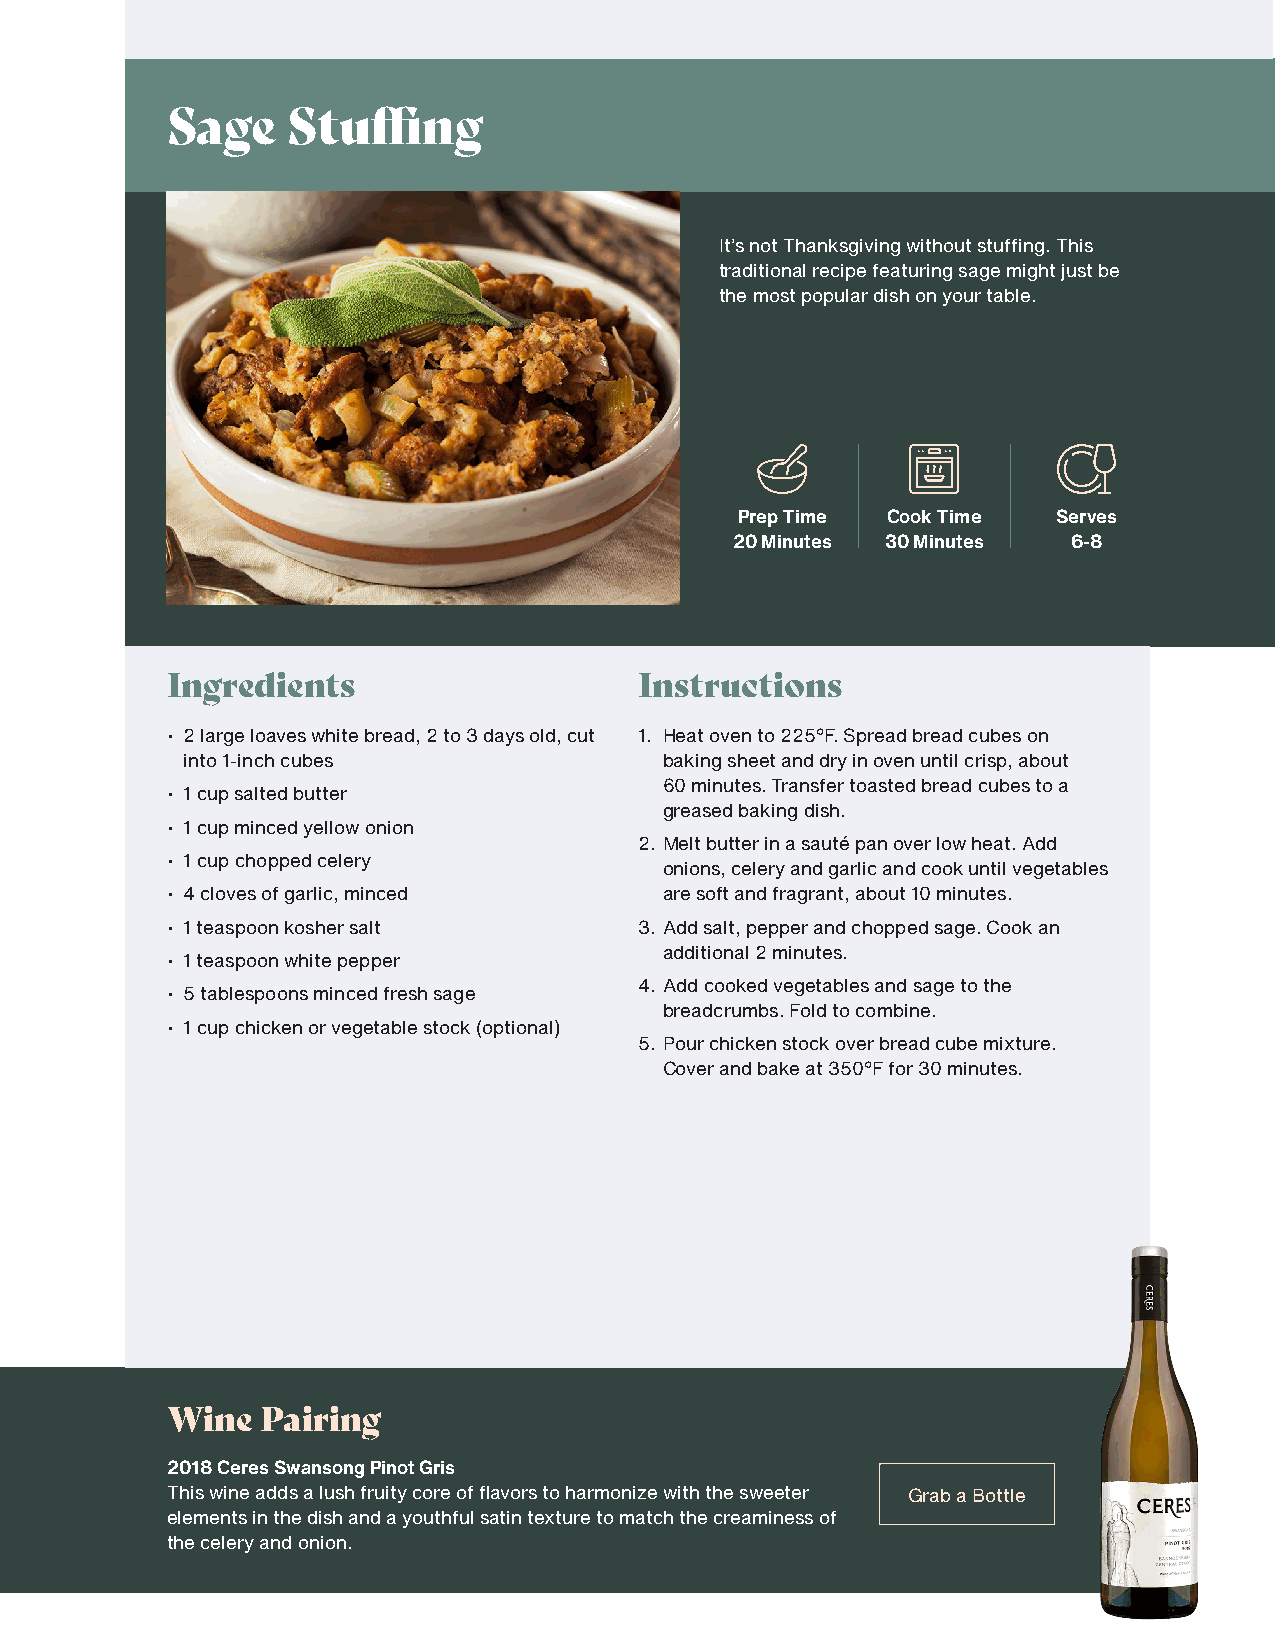
Sage    Stuffing
 It’s not Thanksgiving without stuffing. This
 traditional recipe featuring sage might just be
 the most popular dish on your table.
 Prep Time Cook Time  Serves
 20 Minutes 30 Minutes 6-8
 Ingredients                    Instructions
 • 2 large loaves white bread, 2 to 3 days old, cut 1. Heat oven to 225°F. Spread bread cubes on
 into 1-inch cubes               baking sheet and dry in oven until crisp, about
 60 minutes. Transfer toasted bread cubes to a
 • 1 cup salted butter
 greased baking dish.
 • 1 cup minced yellow onion
 2. Melt butter in a sauté pan over low heat. Add
 • 1 cup chopped celery
 onions, celery and garlic and cook until vegetables
 • 4 cloves of garlic, minced     are soft and fragrant, about 10 minutes.
 • 1 teaspoon kosher salt       3. Add salt, pepper and chopped sage. Cook an
 additional 2 minutes.
 • 1 teaspoon white pepper
 4. Add cooked vegetables and sage to the
 • 5 tablespoons minced fresh sage
 breadcrumbs. Fold to combine.
 • 1 cup chicken or vegetable stock (optional)
 5. Pour chicken stock over bread cube mixture.
 Cover and bake at 350°F for 30 minutes.
 Wine  Pairing
 2018 Ceres Swansong Pinot Gris
 This wine adds a lush fruity core of flavors to harmonize with the sweeter Grab a Bottle
 elements in the dish and a youthful satin texture to match the creaminess of
 the celery and onion.